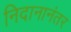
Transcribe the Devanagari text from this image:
निदानानंतर